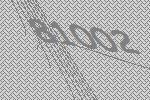
81002